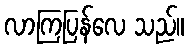
လာကြပြန်လေ သည်။